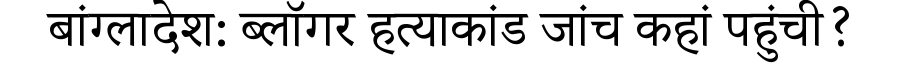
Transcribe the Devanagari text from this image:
बांग्लादेश: ब्लॉगर हत्याकांड जांच कहां पहुंची?